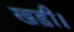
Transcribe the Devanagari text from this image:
खड़ी।